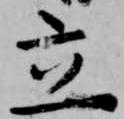
立